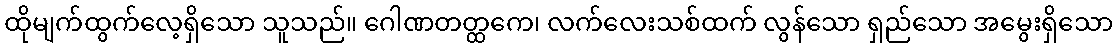
ထိုမျက်ထွက်လေ့ရှိသော သူသည်။ ဂေါဏတတ္ထကေ၊ လက်လေးသစ်ထက် လွန်သော ရှည်သော အမွေးရှိသော